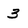
Character: 3